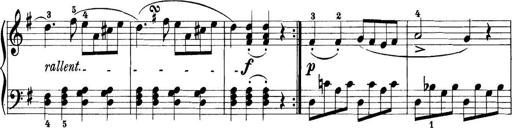
Title: 11 Sonatinas
Composer: Anton Diabelli